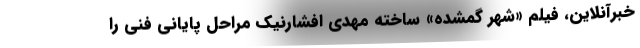
خبرآنلاین، فیلم «شهر گمشده» ساخته مهدی افشارنیک مراحل پایانی فنی را